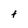
Character: t